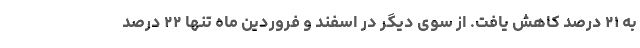
به ۲۱ درصد کاهش یافت. از سوی دیگر در اسفند و فروردین ماه تنها ۲۲ درصد